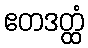
ဧတဒတ္ထံ